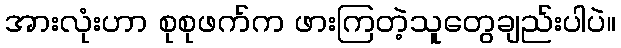
အားလုံးဟာ စုစုဖက်က ဖားကြတဲ့သူတွေချည်းပါပဲ။